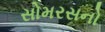
સોમરસનો